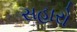
સહારો